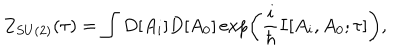
Z _ { S U ( 2 ) } ( \tau ) = \int D [ A _ { i } ] D [ A _ { 0 } ] \exp \left( \frac { i } { \hbar } I [ A _ { i } , A _ { 0 } ; \tau ] \right) ,